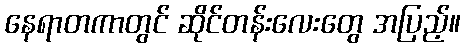
နေရာတကာတွင် ဆိုင်တန်းလေးတွေ အပြည့်။